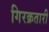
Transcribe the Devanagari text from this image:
गिरक्रतारी